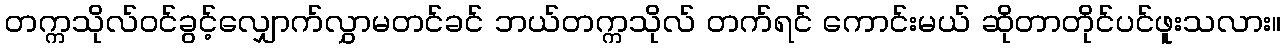
တက္ကသိုလ်ဝင်ခွင့်လျှောက်လွှာမတင်ခင် ဘယ်တက္ကသိုလ် တက်ရင် ကောင်းမယ် ဆိုတာတိုင်ပင်ဖူးသလား။